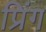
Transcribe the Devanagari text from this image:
प्रिंग